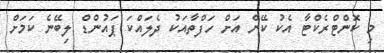
މި ކޮންޓްރެކްޓާ އެކު ކޭން އަށް ހަފްތާއަކު ދެލައްކަ ޕައުންޑް ލިބޭނެ ކަމަށް